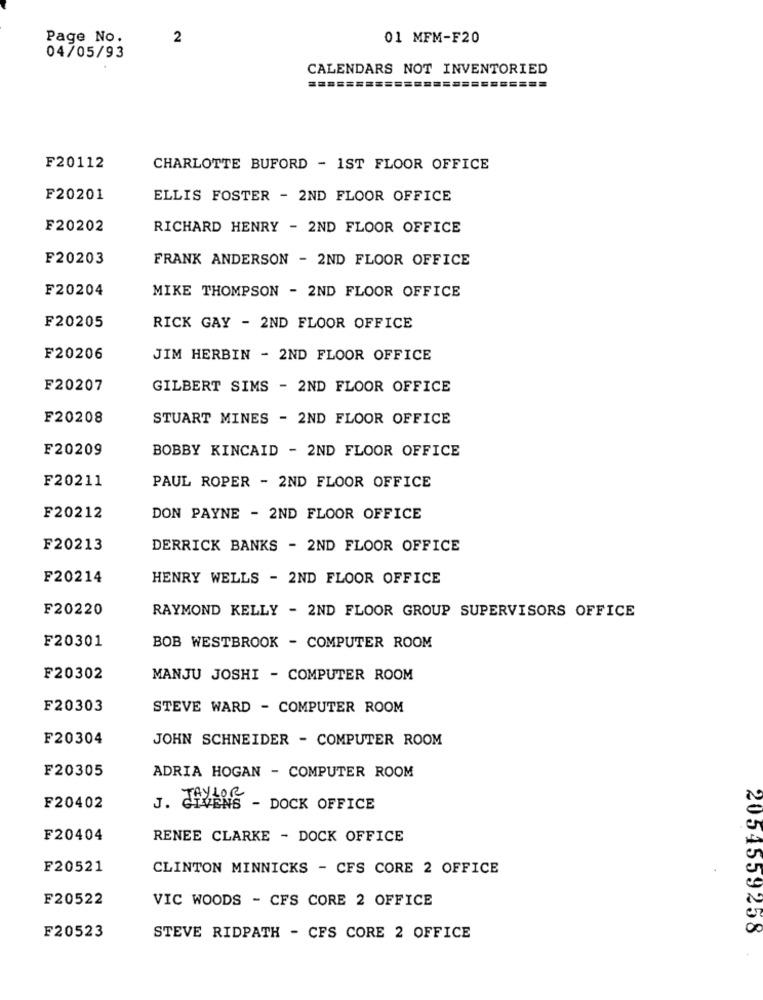
Page No.
2
01 MFM-F20
04/05/93
CALENDARS NOT INVENTORIED
F20112
CHARLOTTE BUFORD - 1ST FLOOR OFFICE
F20201
ELLIS FOSTER - 2ND FLOOR OFFICE
F20202
RICHARD HENRY - 2ND FLOOR OFFICE
F20203
FRANK ANDERSON - 2ND FLOOR OFFICE
F20204
MIKE THOMPSON - 2ND FLOOR OFFICE
F20205
RICK GAY - 2ND FLOOR OFFICE
F20206
JIM HERBIN - 2ND FLOOR OFFICE
F20207
GILBERT SIMS - 2ND FLOOR OFFICE
F20208
STUART MINES - 2ND FLOOR OFFICE
F20209
BOBBY KINCAID - 2ND FLOOR OFFICE
F20211
PAUL ROPER - 2ND FLOOR OFFICE
F20212
DON PAYNE - 2ND FLOOR OFFICE
F20213
DERRICK BANKS - 2ND FLOOR OFFICE
F20214
HENRY WELLS - 2ND FLOOR OFFICE
F20220
RAYMOND KELLY - 2ND FLOOR GROUP SUPERVISORS OFFICE
F20301
BOB WESTBROOK - COMPUTER ROOM
F20302
MANJU JOSHI - COMPUTER ROOM
F20303
STEVE WARD - COMPUTER ROOM
F20304
JOHN SCHNEIDER - COMPUTER ROOM
F20305
ADRIA HOGAN - COMPUTER ROOM
J. TAYLOR
F20402
IVENS - DOCK OFFICE
F20404
RENEE CLARKE - DOCK OFFICE
F20521
CLINTON MINNICKS - CFS CORE 2 OFFICE
F20522
VIC WOODS - CFS CORE 2 OFFICE
2054559258
F20523
STEVE RIDPATH - CFS CORE 2 OFFICE